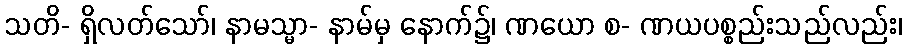
သတိ- ရှိလတ်သော်၊ နာမသ္မာ- နာမ်မှ နောက်၌၊ ဏယော စ- ဏယပစ္စည်းသည်လည်း၊